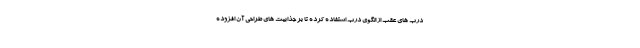
درب های عقب از الگوی درب استفاده کرده تا بر جذابیت های طراحی آن افزوده